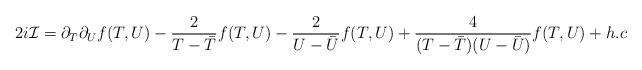
LaTeX: \begin{align*}2i{\cal I} = \partial_T\partial_U f(T,U) -\frac{2}{T- {\bar T}}f(T,U) -\frac{2}{U - {\bar U}}f(T,U) + \frac{4}{ (T-{\bar T}) (U -{\bar U})}f(T,U)+h.c\end{align*}